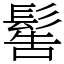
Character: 䯻